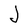
Character: J